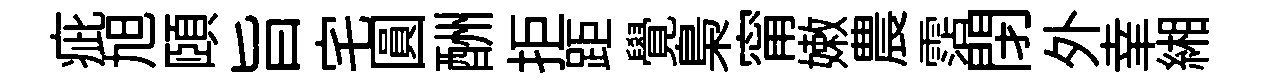
疵旭頤旨宅圓酬拒距覺梟甯嫩農霑閉外𦍒緗